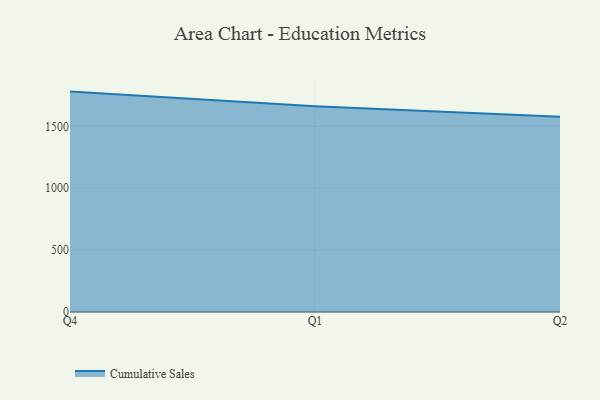
{"axis": {"x": "Quarter", "y": "Website Visitors"}, "legend": ["Cumulative Sales"], "data": [{"x": "Q4", "y": 1780.7, "type": "Cumulative Sales"}, {"x": "Q1", "y": 1662.2, "type": "Cumulative Sales"}, {"x": "Q2", "y": 1577.4, "type": "Cumulative Sales"}]}